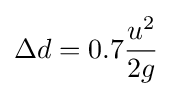
\Delta d=0.7{\frac {u^{2}}{2g}}